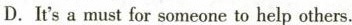
D.It's a must for someone to help others.